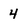
Character: 4